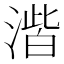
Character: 𮳑